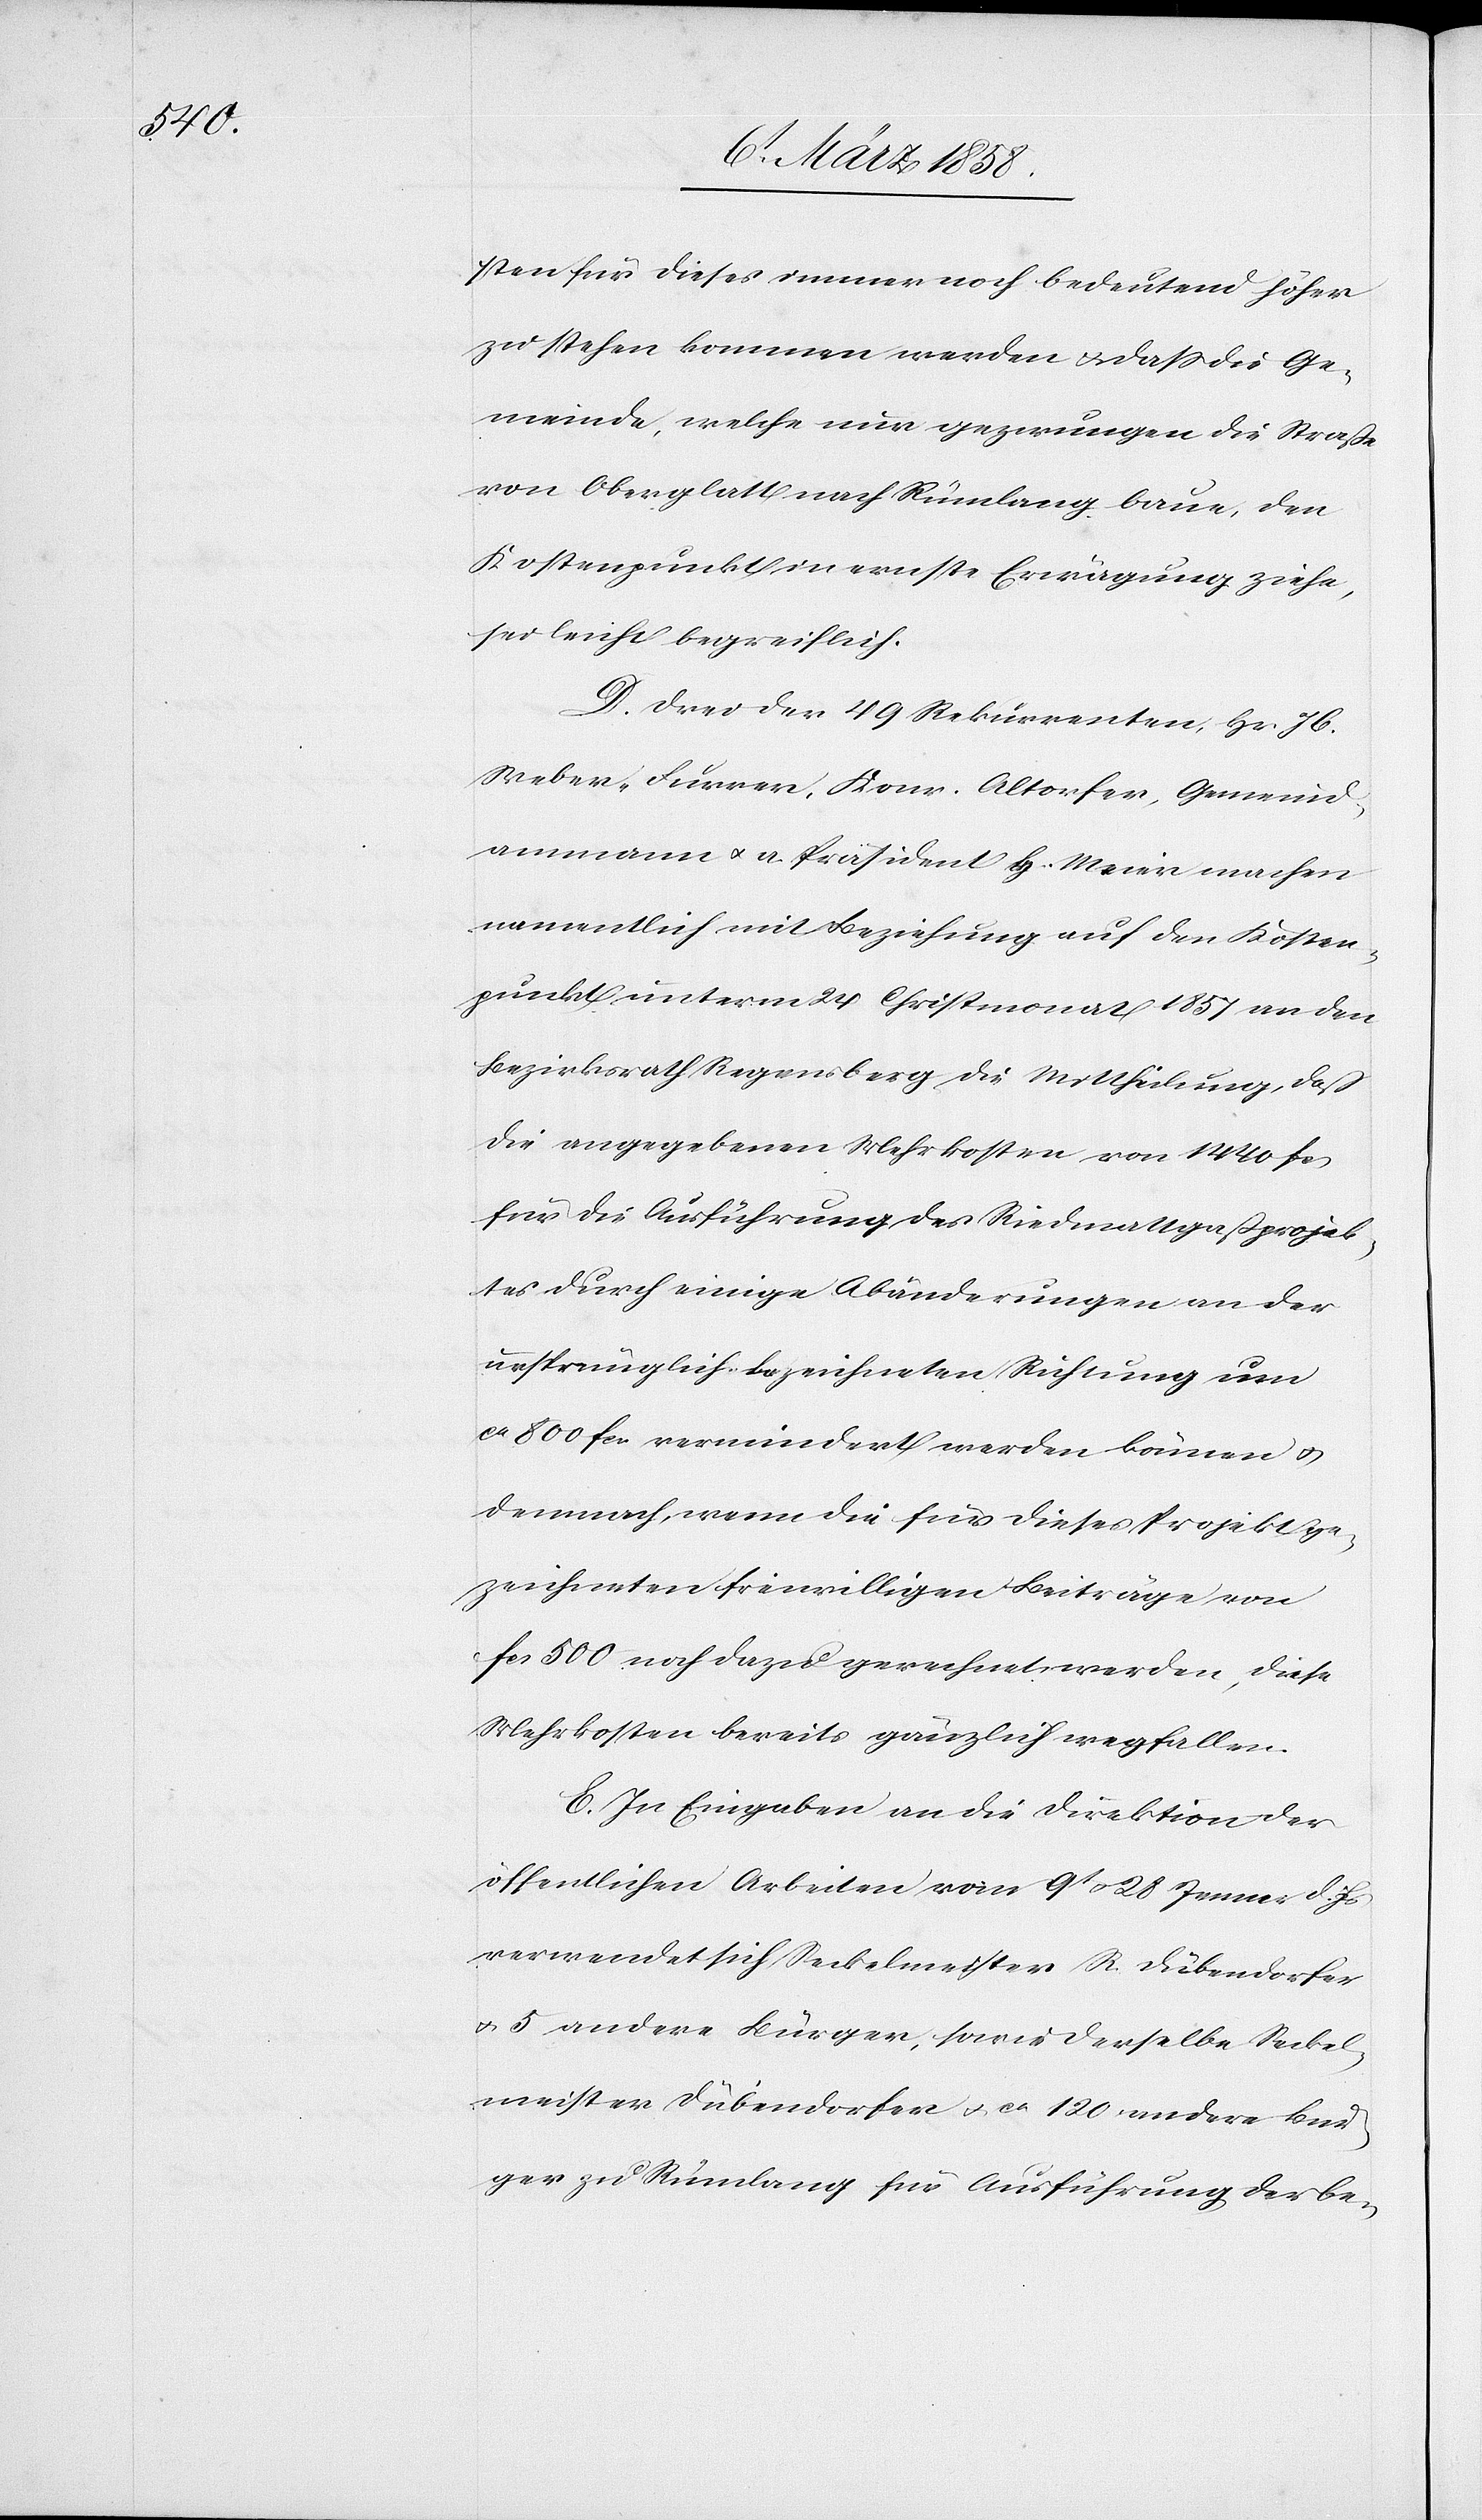
sten für dieses immer noch bedeutend höher
zu stehen kommen werden u. daß die Ge¬
meinde, welche nun gezwungen die Straße
von Oberglatt nach Rümlang baue, den
Kostenpunkt in ernste Erwägung ziehe,
sei leicht begreiflich.
D. Drei der 49 Rekurrenten, Hr. Jb.
Weber-Furrer, Konr. Altorfer, Gemeind¬
amman u. a. Präsident H. Meier machen
namentlich mit Beziehung auf den Kosten¬
punkt unterm 24. Christmonat 1857 an den
Bezirksrath Regensberg die Mittheilung, daß
die angegebenen Mehrkosten von 1440 fcs.
für die Ausführung des Riedmattgaßprojek¬
tes durch einige Abänderungen an der
ursprünglich bezeichneten Richtung um
ca 800 fcs. vermindert werden können u.
demnach, wenn die für dieses Projekt ge¬
zeichneten freiwilligen Beiträge von
fcs. 500 noch dazu gerechnet werden, diese
Mehrkosten bereits gänzlich wegfallen.
E. In Eingabe an die Direktion der
öffentlichen Arbeiten vom 9t u. 28. Jenner d. Js.
verwendet sich Seckelmeister R. Dübendorfer
u. 5 andere Bürger, sowie derselbe Seckel¬
meister Dübendorfer u. ca 120 andere Bur¬
ger zu Rümlang für Ausführung der be-